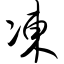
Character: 冻